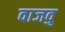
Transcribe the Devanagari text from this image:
वाजवु